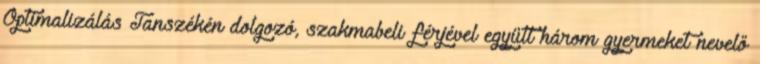
Optimalizálás Tanszékén dolgozó, szakmabeli férjével együtt három gyermeket nevelő